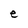
Character: e